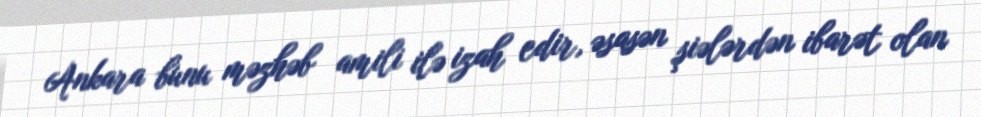
Ankara bunu məzhəb amili ilə izah edir, əsasən şiələrdən ibarət olan